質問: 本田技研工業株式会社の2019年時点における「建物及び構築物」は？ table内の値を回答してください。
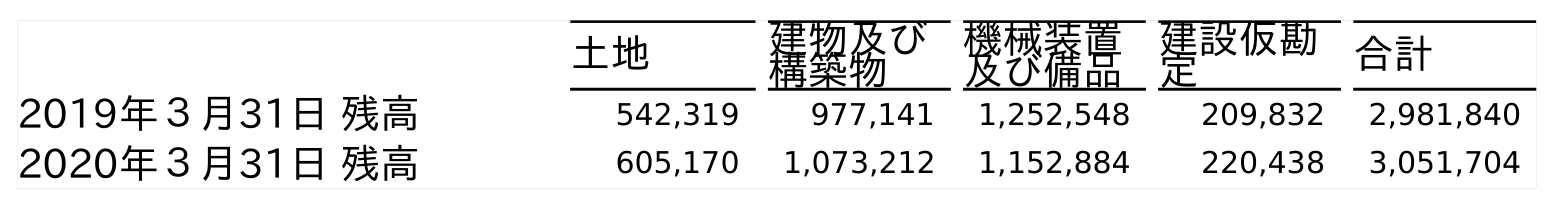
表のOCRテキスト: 土地 建物及び 構築物 機械装置 及び備品 建設仮勘 定 合計 2019年３月31日 残高 542,319 977,141 1,252,548 209,832 2,981,840 2020年３月31日 残高 605,170 1,073,212 1,152,884 220,438 3,051,704
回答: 977,141